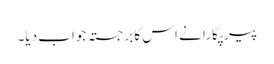
پیر پگارا نے اس کا برجستہ جواب دیا۔